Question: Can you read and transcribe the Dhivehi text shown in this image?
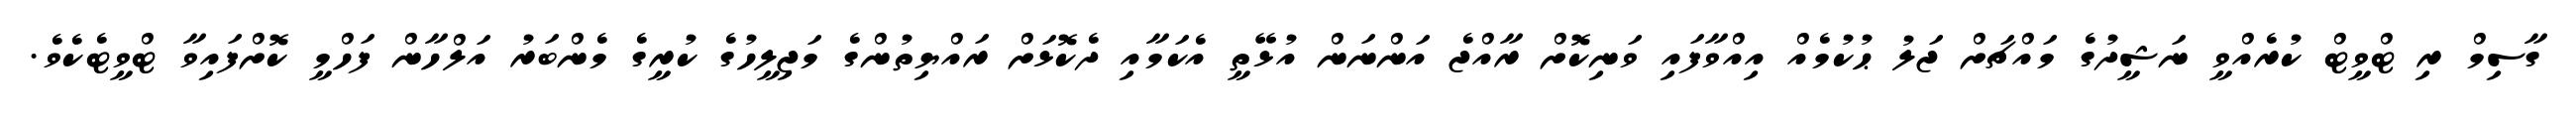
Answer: ގާސިމް ރި ޓްވީޓް ކުރެއްވީ ނަޝީދުގެ މައްޗަށް ޖަލު ޙުކުމެއް އިއްވާފައި ވަނިކޮށް ރާއްޖެ އަންނަން އުޅޭތީ އެކަމާއި ދެކޮޅަށް ރައްޔިތުންގެ މަޖިލީހުގެ ކުރީގެ މެންބަރު އަލްހާން ފަހްމީ ކޮށްފައިވާ ޓްވީޓެކެވެ.